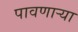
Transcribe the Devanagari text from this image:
पावणार्‍या